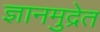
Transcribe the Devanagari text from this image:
ज्ञानमुद्रेत